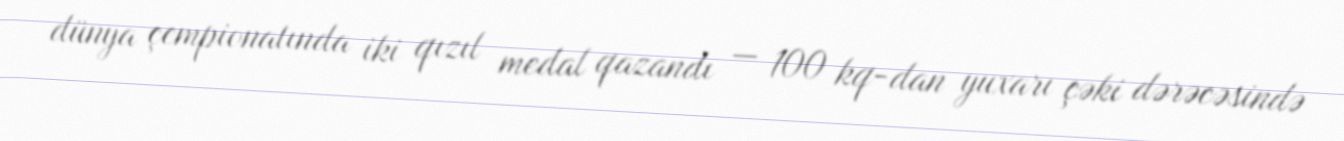
dünya çempionatında iki qızıl medal qazandı — 100 kq-dan yuxarı çəki dərəcəsində